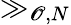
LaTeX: \gg_{\mathscr{O},N}